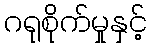
ဂရုစိုက်မှုနှင့်